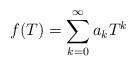
LaTeX: \begin{align*}f(T) = \sum_{k=0}^\infty a_k T^k\end{align*}